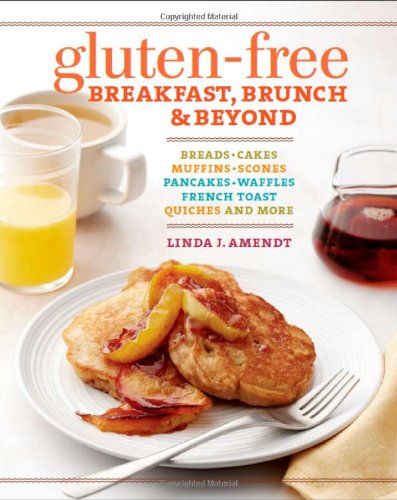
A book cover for Gluten-Free Breakfast, Brunch & Beyond: Breads & Cakes * Muffins & Scones * Pancakes, Waffles & French Toast * Quiches * and More; Linda J. Amendt; Cookbooks, Food & Wine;